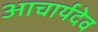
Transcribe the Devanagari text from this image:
आचार्यदेव